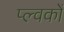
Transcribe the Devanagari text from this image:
प्ल्वकों